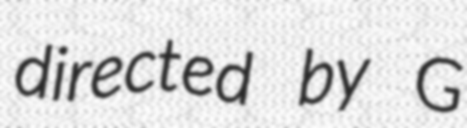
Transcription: directed by G